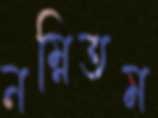
নম্নিতম